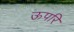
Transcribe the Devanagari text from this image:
ऊपरि